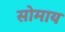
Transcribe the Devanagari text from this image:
सोमाय